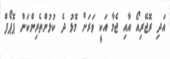
އަދި ރޮޖޭރިއޯ އާއި ޖެމާ އަކީ ވަރަށް މޮޅު ދެ ކުޅުންތެރިންކަން ޕޮޕޯފް